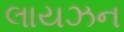
લાયઝન